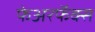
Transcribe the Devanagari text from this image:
फेअरफॅक्स